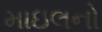
માઇલનો